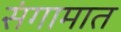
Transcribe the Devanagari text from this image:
संगामात